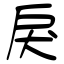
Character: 戾